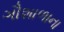
ગૌશાળાના